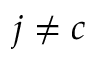
j \neq c